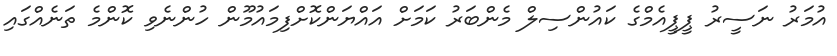
އުމަރު ނަސީރު ޕީޕީއެމްގެ ކައުންސިލް މެންބަރު ކަމަށް އައްޔަންކޮށްފިމައުމޫން ހުންނެވި ކޮންމެ ތަނެއްގައި